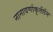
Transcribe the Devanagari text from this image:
नानावर्णाकृतीनि